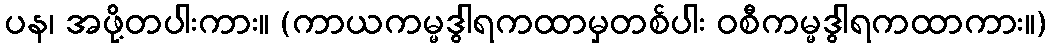
ပန၊ အဖို့တပါးကား။ (ကာယကမ္မဒွါရကထာမှတစ်ပါး ဝစီကမ္မဒွါရကထာကား။)